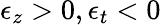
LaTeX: \epsilon_{z}>0,\epsilon_{t}<0